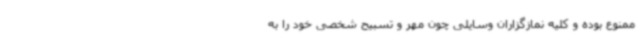
ممنوع بوده و کلیه نمازگزاران وسایلی چون مهر و تسبیح شخصی خود را به